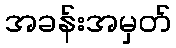
အခန်းအမှတ်